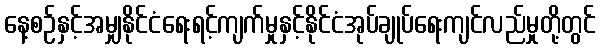
နေ့စဉ်နှင့်အမျှနိုင်ငံရေးရင့်ကျက်မှုနှင့်နိုင်ငံအုပ်ချုပ်ရေးကျင်လည်မှုတို့တွင်